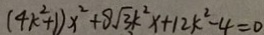
( 4 k ^ { 2 } + 1 ) x ^ { 2 } + 8 \sqrt { 3 } k ^ { 2 } x + 1 2 k ^ { 2 } - 4 = 0